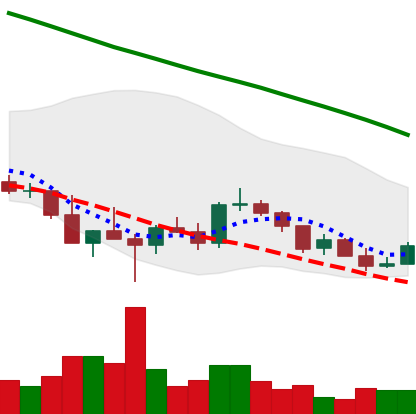
Ticker: ADA-USD
Chart end date: 2022-03-09
Forward return: -5.343%
Label: down_5_7